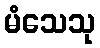
မံသေသု